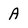
Character: A